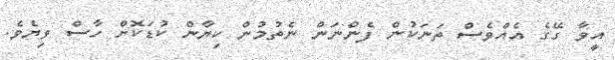
އީވާ ގޭގެ އެއްވެސް ތަނަކުން ފެންނަން ނެތުމުން ކިޔާން ކުޑަކޮށް ހާސް ވިޔެވެ.